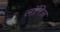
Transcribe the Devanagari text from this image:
लॉरिल